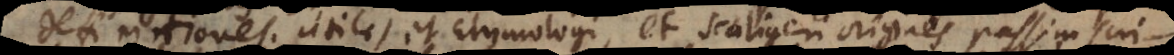
definitiones. Utiles et Etymologi, et Scaligeri origines passim scri